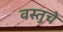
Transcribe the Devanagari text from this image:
वस्तुचे